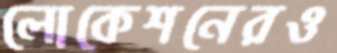
লোকেশনেরও